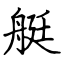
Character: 艇